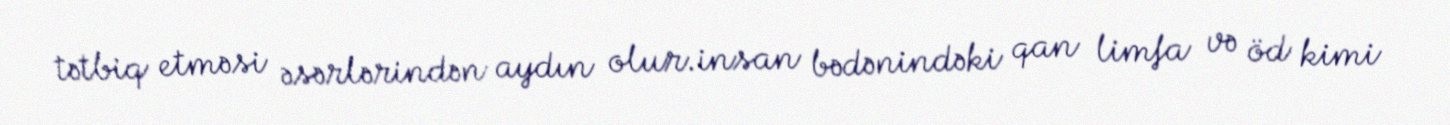
tətbiq etməsi əsərlərindən aydın olur.insan bədənindəki qan limfa və öd kimi